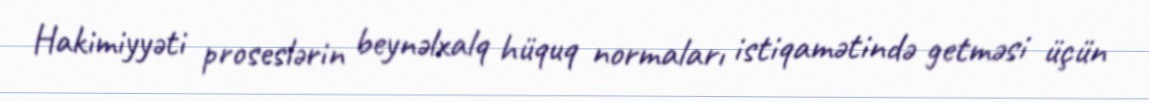
Hakimiyyəti proseslərin beynəlxalq hüquq normaları istiqamətində getməsi üçün